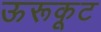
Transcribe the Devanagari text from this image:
ऊरूकूट